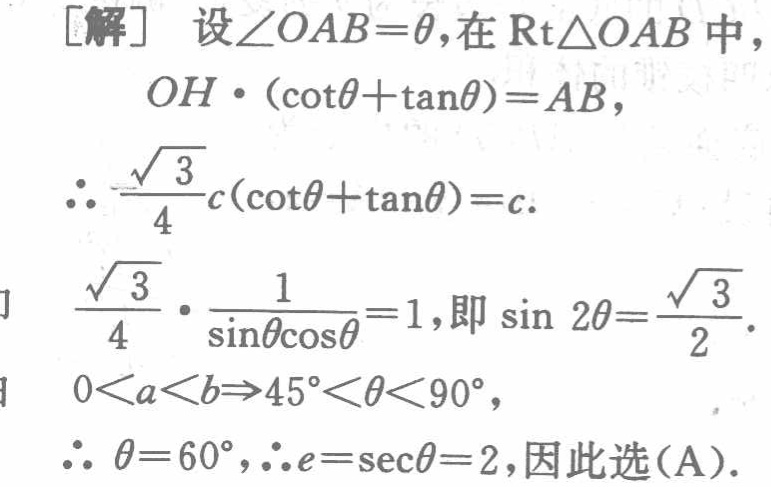
[解] 设\(\angle OAB = \theta\)，在\(\text{Rt}\triangle OAB\)中，

\[

\begin{align*}

OH\cdot(\cot\theta+\tan\theta)&=AB,\\

\therefore\frac{\sqrt{3}}{4}c(\cot\theta+\tan\theta)&=c.\\

\frac{\sqrt{3}}{4}\cdot\frac{1}{\sin\theta\cos\theta}&=1,\text{即 }\sin 2\theta=\frac{\sqrt{3}}{2}.\\

0 < a < b\Rightarrow45^{\circ}<\theta<90^{\circ},\\

\therefore\theta = 60^{\circ},\therefore e=\sec\theta = 2,\text{因此选(A)}.

\end{align*}

\]